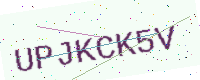
Text: UPJKCK5V